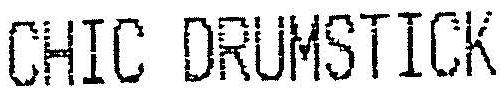
CHIC DRUMSTICK